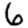
Digit: 6